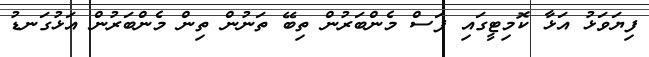
ފިޔަވަޅު އަޅާ ކޮމިޓީގައި ފަސް މެންބަރުން ތިބޭ ތަނުން ތިން މެންބަރުން އަޅުގަނޑު